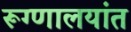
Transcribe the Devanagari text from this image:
रूग्णालयांत